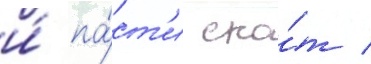
и́ па́ст'и ско́т /